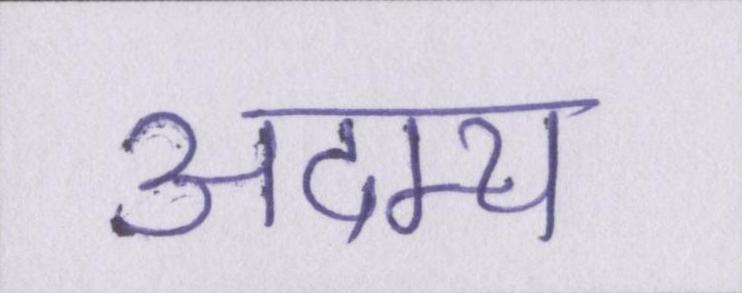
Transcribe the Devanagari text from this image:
अदम्य